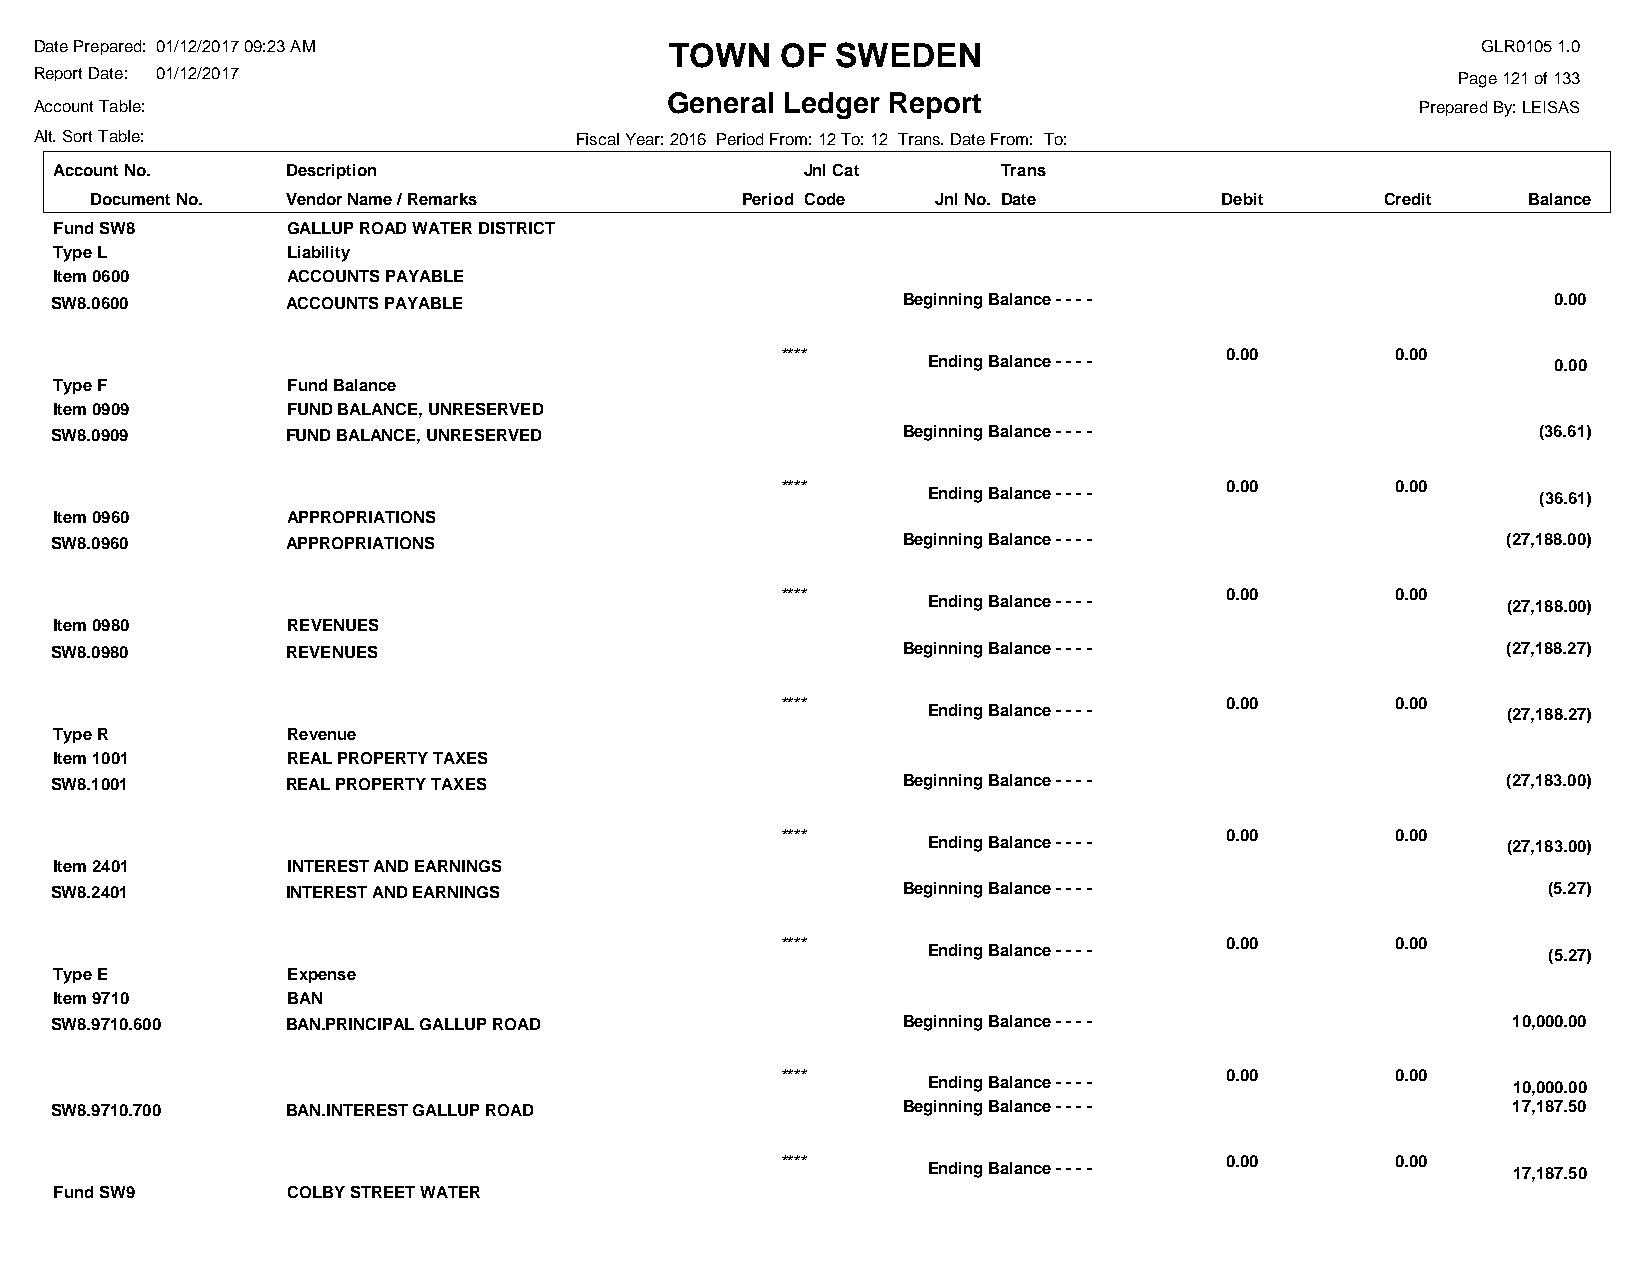
Date Prepared: 01/12/2017 09:23 AM        TOWN    OF SWEDEN                                     GLR0105 1.0
 Report Date: 01/12/2017                                                                       Page 121 of 133
 General Ledger Report
 Account Table:                                                                              Prepared By: LEISAS
 Alt. Sort Table:                    Fiscal Year: 2016 Period From: 12 To: 12 Trans. Date From: To:
 Account No.    Description                       Jnl Cat      Trans
 Document No. Vendor Name / Remarks         Period Code  Jnl No. Date       Debit      Credit   Balance
 Fund SW8       GALLUP ROAD WATER DISTRICT
 Type L         Liability
 Item 0600      ACCOUNTS PAYABLE
 SW8.0600        ACCOUNTS PAYABLE                         Beginning Balance - - - -                  0.00
 ****                         0.00       0.00
 Ending Balance - - - -                    0.00
 Type F         Fund Balance
 Item 0909      FUND BALANCE, UNRESERVED
 SW8.0909        FUND BALANCE, UNRESERVED                 Beginning Balance - - - -                 (36.61)
 ****                         0.00       0.00
 Ending Balance - - - -                   (36.61)
 Item 0960      APPROPRIATIONS
 SW8.0960        APPROPRIATIONS                           Beginning Balance - - - -               (27,188.00)
 ****                         0.00       0.00
 Ending Balance - - - -                 (27,188.00)
 Item 0980      REVENUES
 SW8.0980        REVENUES                                 Beginning Balance - - - -               (27,188.27)
 ****                         0.00       0.00
 Ending Balance - - - -                 (27,188.27)
 Type R         Revenue
 Item 1001      REAL PROPERTY TAXES
 SW8.1001        REAL PROPERTY TAXES                      Beginning Balance - - - -               (27,183.00)
 ****                         0.00       0.00
 Ending Balance - - - -                 (27,183.00)
 Item 2401      INTEREST AND EARNINGS
 SW8.2401        INTEREST AND EARNINGS                    Beginning Balance - - - -                 (5.27)
 ****                         0.00       0.00
 Ending Balance - - - -                   (5.27)
 Type E         Expense
 Item 9710      BAN
 SW8.9710.600    BAN.PRINCIPAL GALLUP ROAD                Beginning Balance - - - -               10,000.00
 ****                         0.00       0.00
 Ending Balance - - - -                 10,000.00
 SW8.9710.700    BAN.INTEREST GALLUP ROAD                 Beginning Balance - - - -               17,187.50
 ****                         0.00       0.00
 Ending Balance - - - -                 17,187.50
 Fund SW9       COLBY STREET WATER